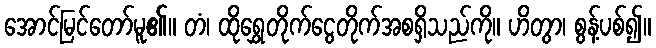
အောင်မြင်တော်မူ၏။ တံ၊ ထိုရွှေတိုက်ငွေတိုက်အစရှိသည်ကို။ ဟိတွာ၊ စွန့်ပစ်၍။